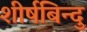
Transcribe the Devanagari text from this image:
शीर्षबिन्दु